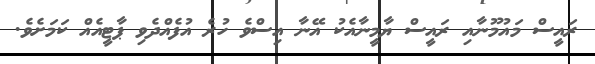
ރައީސް މައުމޫނާއި ރައީސް ޔާމީނާއެކު އޭނާ އިސްވެ ހުރެ އުފެއްދެވި ޕާޓީއެއް ކަމަށެވެ.